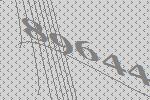
89644